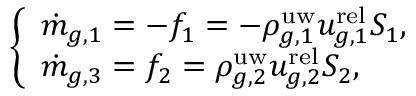
\left\{ \begin{array} { l l } { \dot { m } _ { g , 1 } = - f _ { 1 } = - \rho _ { g , 1 } ^ { \mathrm { u w } } u _ { g , 1 } ^ { \mathrm { r e l } } S _ { 1 } , } \\ { \dot { m } _ { g , 3 } = f _ { 2 } = \rho _ { g , 2 } ^ { \mathrm { u w } } u _ { g , 2 } ^ { \mathrm { r e l } } S _ { 2 } , } \end{array} \right.